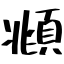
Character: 頫